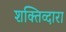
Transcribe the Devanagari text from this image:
शक्तिव्दारा